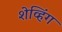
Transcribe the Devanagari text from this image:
शेव्हिंग